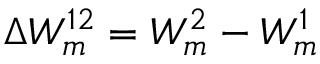
\Delta W _ { m } ^ { 1 2 } = W _ { m } ^ { 2 } - W _ { m } ^ { 1 }